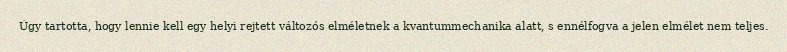
Úgy tartotta, hogy lennie kell egy helyi rejtett változós elméletnek a kvantummechanika alatt, s ennélfogva a jelen elmélet nem teljes.